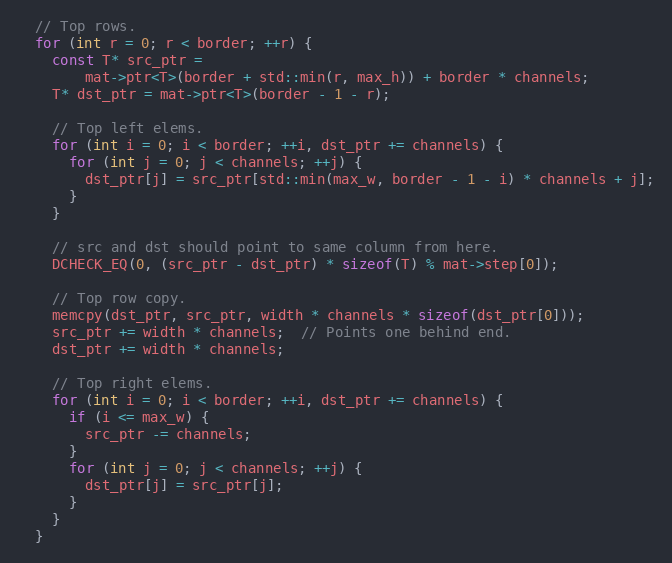
Language: C
  // Top rows.
  for (int r = 0; r < border; ++r) {
    const T* src_ptr =
        mat->ptr<T>(border + std::min(r, max_h)) + border * channels;
    T* dst_ptr = mat->ptr<T>(border - 1 - r);

    // Top left elems.
    for (int i = 0; i < border; ++i, dst_ptr += channels) {
      for (int j = 0; j < channels; ++j) {
        dst_ptr[j] = src_ptr[std::min(max_w, border - 1 - i) * channels + j];
      }
    }

    // src and dst should point to same column from here.
    DCHECK_EQ(0, (src_ptr - dst_ptr) * sizeof(T) % mat->step[0]);

    // Top row copy.
    memcpy(dst_ptr, src_ptr, width * channels * sizeof(dst_ptr[0]));
    src_ptr += width * channels;  // Points one behind end.
    dst_ptr += width * channels;

    // Top right elems.
    for (int i = 0; i < border; ++i, dst_ptr += channels) {
      if (i <= max_w) {
        src_ptr -= channels;
      }
      for (int j = 0; j < channels; ++j) {
        dst_ptr[j] = src_ptr[j];
      }
    }
  }